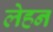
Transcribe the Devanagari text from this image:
लेहन